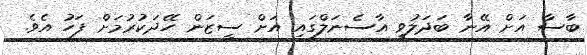
ބާސާ އަށް އޭނާ ބަދަލުވީ އާސެނަލްގައި އަށް ސީޒަން ހޭދަކުރުމަށް ފަހު އެވެ.